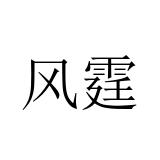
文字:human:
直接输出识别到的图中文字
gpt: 风霆